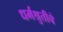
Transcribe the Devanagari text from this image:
धर्मश्रुतीचे